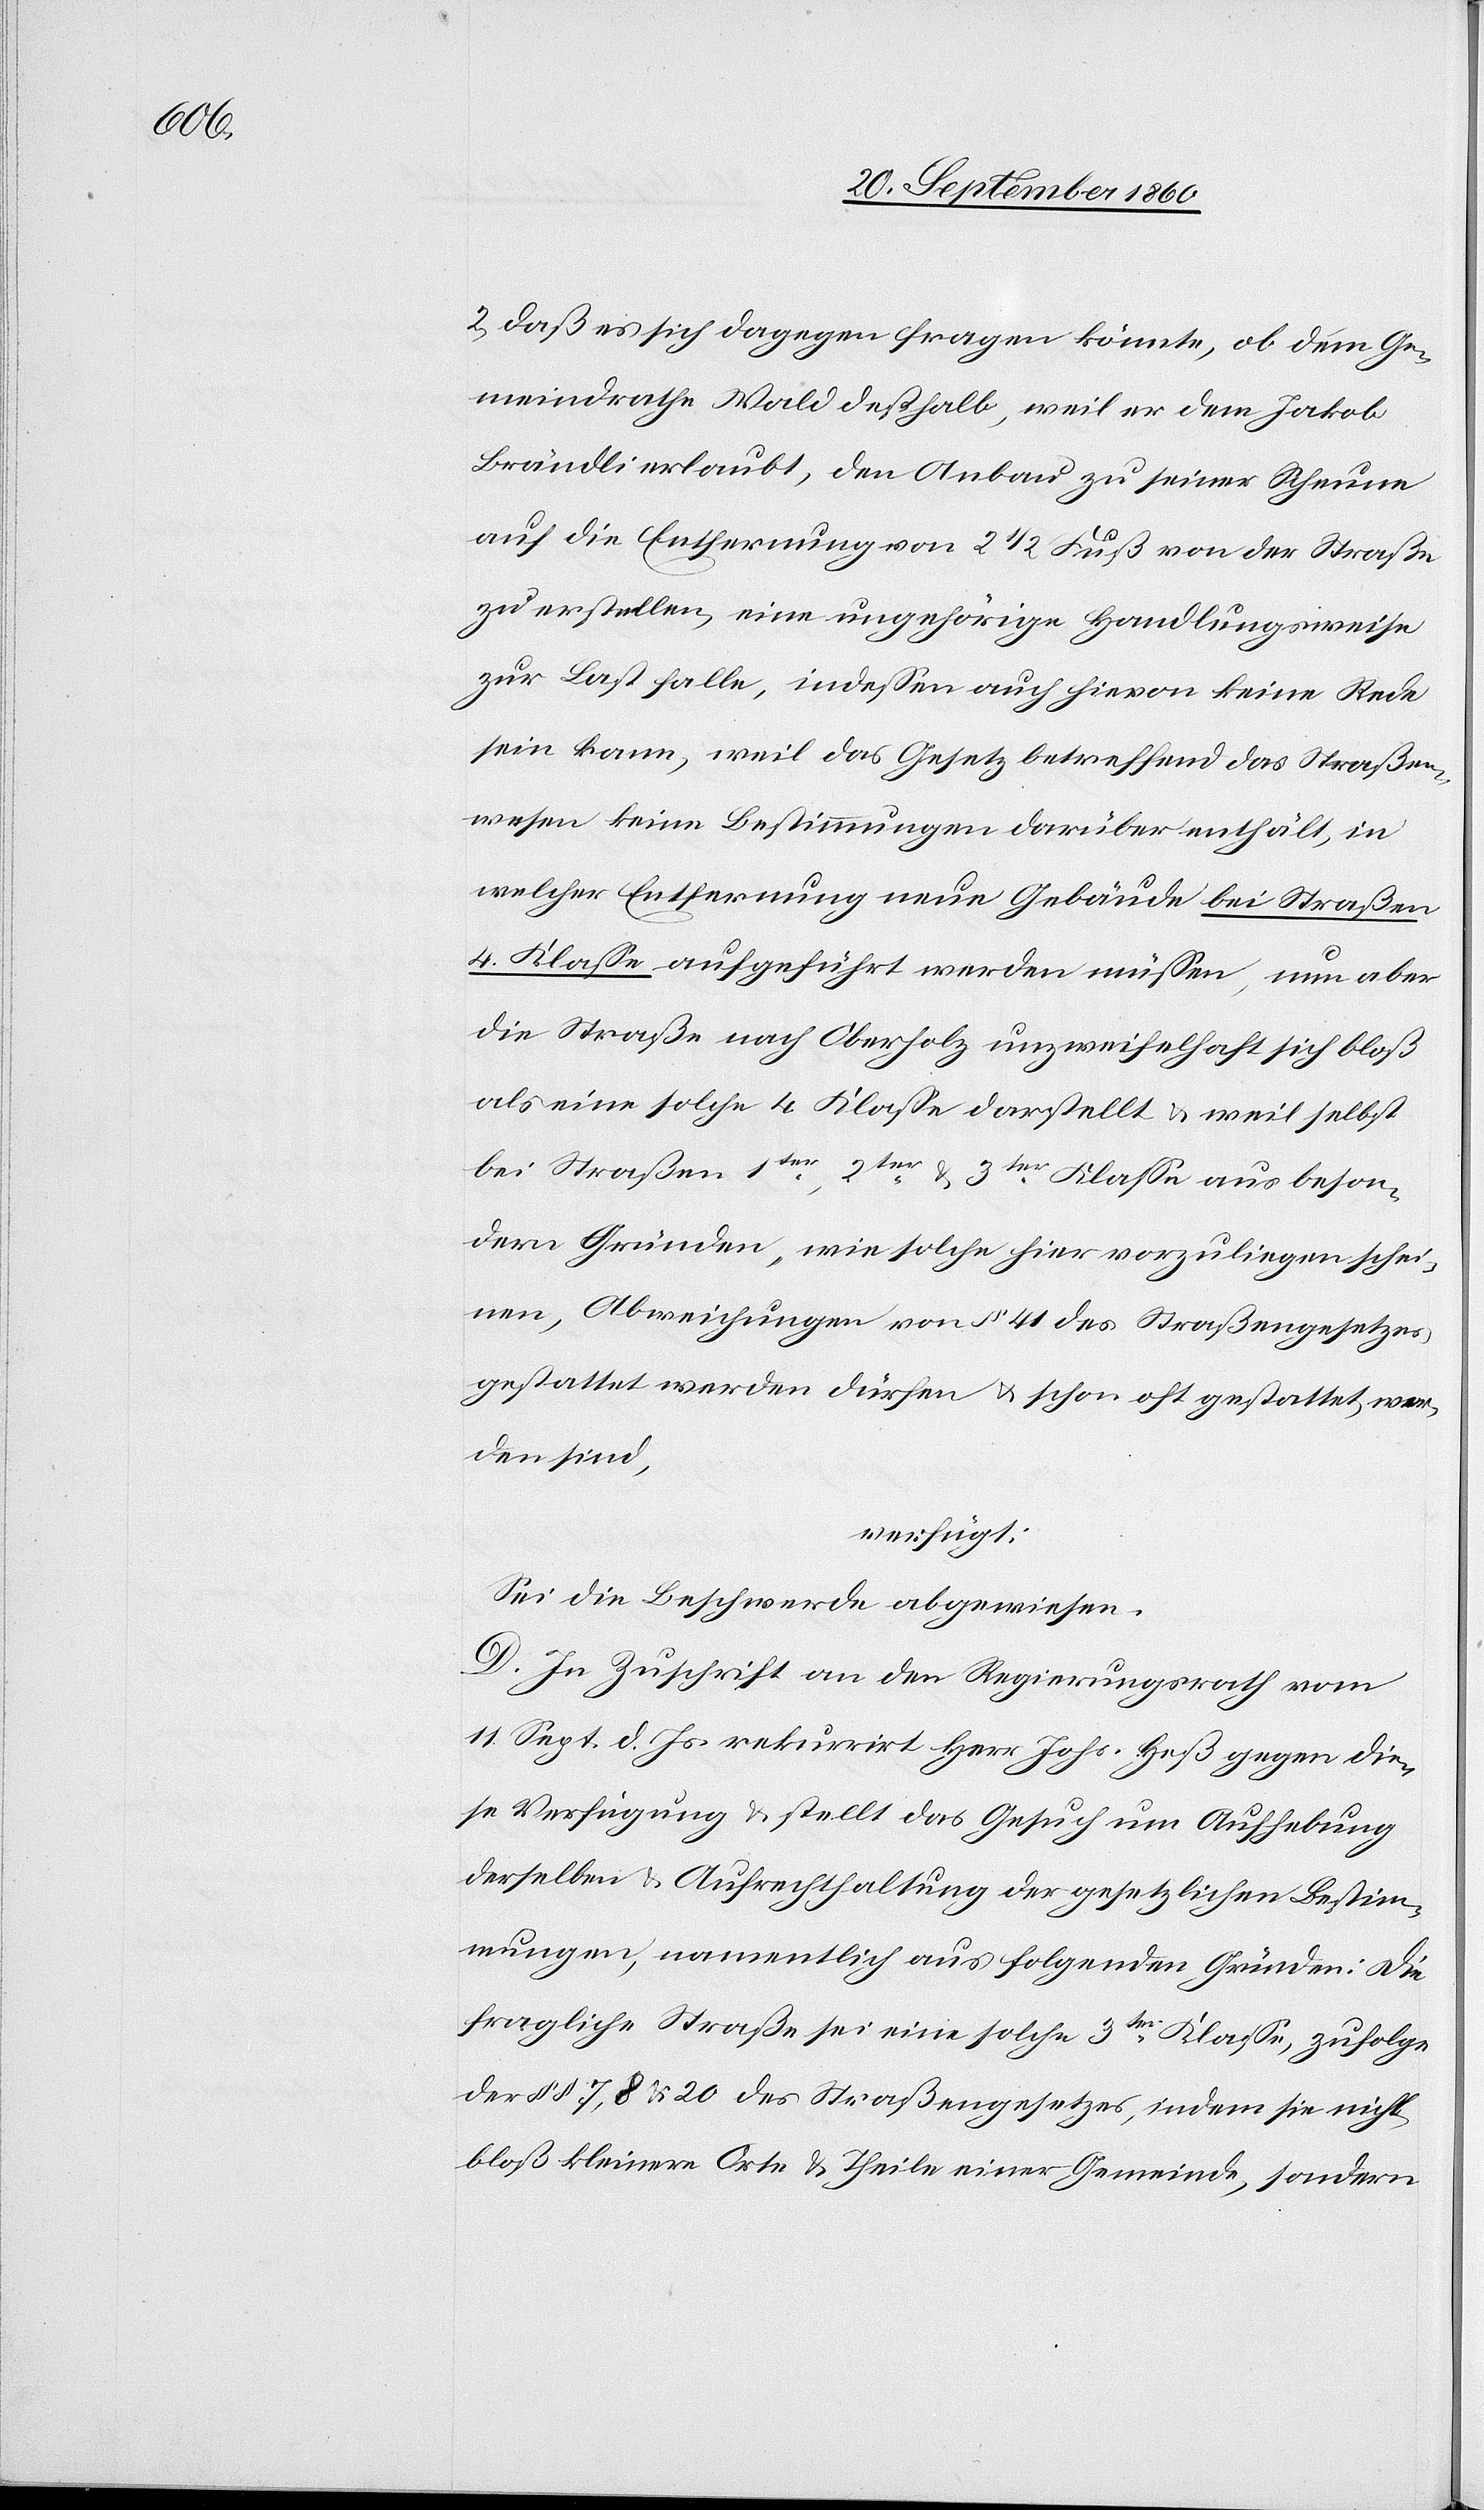
2. daß es sich dagegen fragen könnte, ob dem Ge¬
meindrathe Wald deßhalb, weil er dem Jakob
Brändli erlaubt, den Anbau zu seiner Scheune
auf die Entfernung von 2 1/2 Fuß von der Straße
zu erstellen, eine ungehörige Handlungsweise
zur Last falle, indessen auch hievon keine Rede
sein kann, weil das Gesetz betreffend das Straßen¬
wesen keine Bestimmungen darüber enthält, in
welcher Entfernung neue Gebäude bei Straßen
4. Klasse aufgeführt werden müssen, nun aber
die Straße nach Oberholz unzweifelhaft sich bloß
als eine solche 4. Klasse darstellt & weil selbst
bei Straßen 1ter, 2ter & 3ter Klasse aus beson¬
dern Gründen, wie solche hier vorzuliegen schei¬
nen, Abweichungen von § 41 des Straßengesetzes
gestattet werden dürfen & schon oft gestattet wor¬
den sind,
verfügt:
Sei die Beschwerde abgewiesen.
D. in Zuschrift an den Regierungsrath vom
11. Sept. d. Js. rekurrirt Herr Johs. Heß gegen die¬
se Verfügung & stellt das Gesuch um Aufhebung
derselben & Aufrechthaltung der gesetzlichen Bestim¬
mungen, namentlich aus folgenden Gründen: Die
fragliche Straße sei eine solche 3ter Klasse, zufolge
der §§ 7, 8 & 20 des Straßengesetzes, indem sie nicht
bloß kleinere Orte & Theile einer Gemeinde, sondern